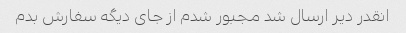
انقدر دیر ارسال شد مجبور شدم از جای دیگه سفارش بدم